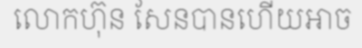
លោកហ៊ុន សែនបានហើយអាច